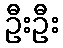
ဦးဦး